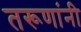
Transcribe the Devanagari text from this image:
तरूणांनी